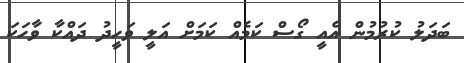
ބަދަލު ކުރުމުން އެއީ ގޯސް ކަމެއް ކަމަށް އަލީ ވަހީދު ދައްކާ ވާހަކަ